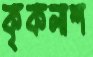
কৃকলাশ